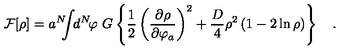
{ \cal F } [ \rho ] = a ^ { N } \! \! \! \int \! \! d ^ { N } \! \varphi \ G \left\{ { \frac { 1 } { 2 } } \left( { \frac { \partial \rho } { \partial \varphi _ { a } } } \right) ^ { 2 } + { \frac { D } { 4 } } \rho ^ { 2 } \left( 1 - 2 \ln \rho \right) \right\} \quad .